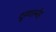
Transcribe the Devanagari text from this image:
दुग्धस्नेह